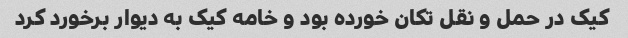
کیک در حمل و نقل تکان خورده بود و خامه کیک به دیوار برخورد کرد